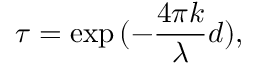
\tau = \exp { ( - \frac { 4 \pi k } { \lambda } d ) } ,